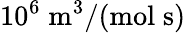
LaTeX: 10^{6}\; \mathrm{m}^{3}/(\mathrm{mol}\; \mathrm{s})